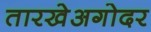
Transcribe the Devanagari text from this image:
तारखेअगोदर